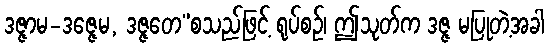
ဒဇ္ဇာမ-ဒဇ္ဇေမ, ဒဇ္ဇတေ”စသည်ဖြင့် ရုပ်စဉ်၊ ဤသုတ်က ဒဇ္ဇ မပြုတဲ့အခါ